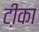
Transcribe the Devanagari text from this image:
टी़का